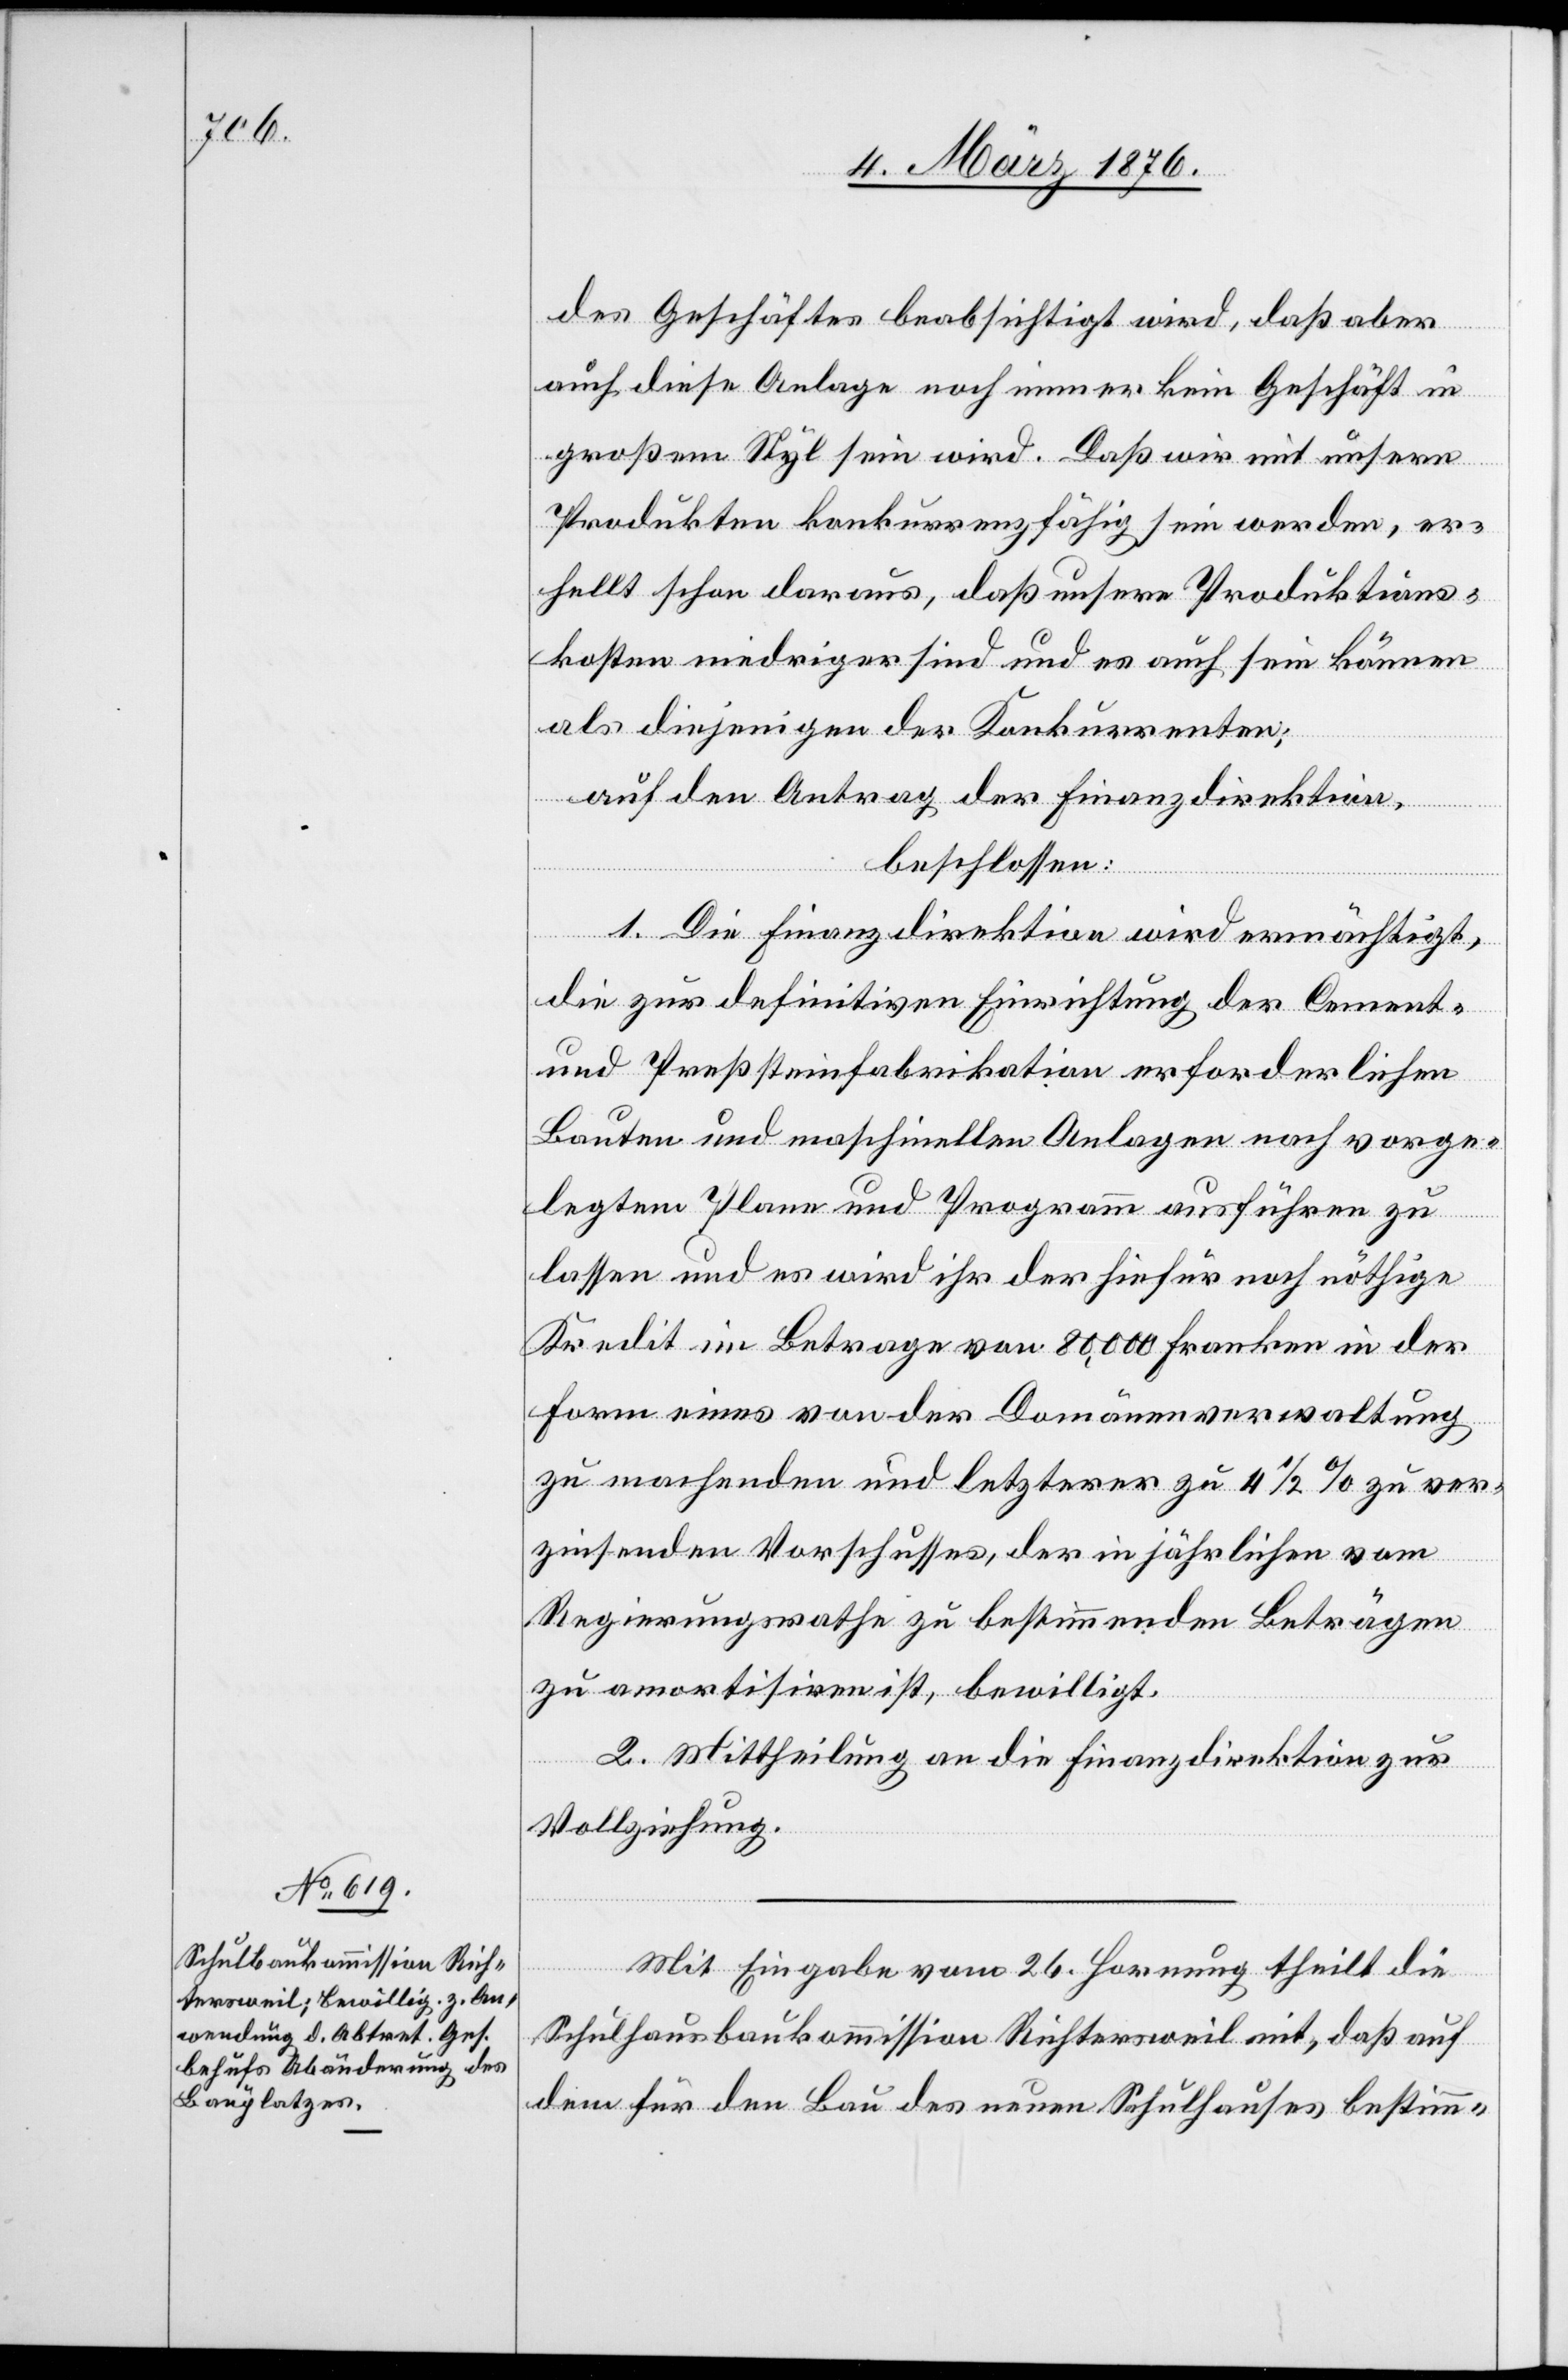
des Geschäftes beabsichtigt wird, daß aber
auch diese Anlage noch immer kein Geschäft in
großem Styl sein wird. Daß wir mit unsern
Produkten konkurrenzfähig sein werden, er¬
hellt schon daraus, daß unsere Produktions¬
kosten niedriger sind und es auch sein können
als diejenigen der Konkurrenten;
auf den Antrag der Finanzdirektion,
beschlossen:
1. Die Finanzdirektion wird ermächtigt,
die zur definitiven Einrichtung der Cement-
und Preßsteinfabrikation erforderlichen
Bauten und maschinellen Anlagen nach vorge¬
legtem Plane und Programm ausführen zu
lassen und es wird ihr der hiefür noch nöthige
Kredit im Betrage von 80,000 Franken in der
Form eines von der Domänenverwaltung
zu machenden und letztern zu 4 1/2% zu ver¬
zinsenden Vorschusses, der in jährlichen vom
Regierungsrathe zu bestimmenden Beträgen
zu amortisiren ist, bewilligt.
2. Mittheilung an die Finanzdirektion zur
Vollziehung.
Mit Eingabe vom 26. Hornung theilt die
Schulhausbaukommission Richtersweil mit, daß auf
dem für den Bau des neuen Schulhauses bestimm-